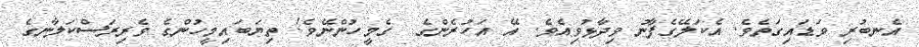
އެނބުރި ވަޑައިގަތެވެ. އެކަލޭގެފާނު ވިދާޅުވިއެވެ. އޭ އަހުރެންގެ  ގެމީހުންނޭވެ! ތިޔަބައިމީހުންގެ ވެރިރަސްކަލާނގެ